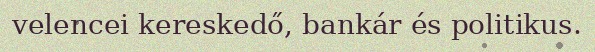
velencei kereskedő, bankár és politikus.